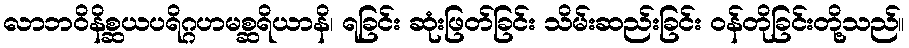
လာဘဝိနိစ္ဆယပရိဂ္ဂဟမစ္ဆရိယာနိ၊ ရခြင်း ဆုံးဖြတ်ခြင်း သိမ်းဆည်းခြင်း ဝန်တိုခြင်းတို့သည်။